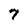
Character: 7